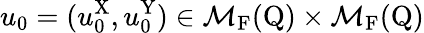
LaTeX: u_{0}=(u_{0}^{\mathrm{X}},u_{0}^{\mathrm{Y}})\in\mathcal{M}_{\mathrm{F}}(\mathrm{Q})\times\mathcal{M}_{\mathrm{F}}(\mathrm{Q})